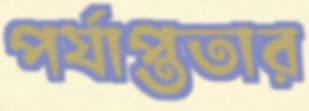
পর্যাপ্ততার